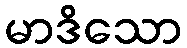
မာဒိသော